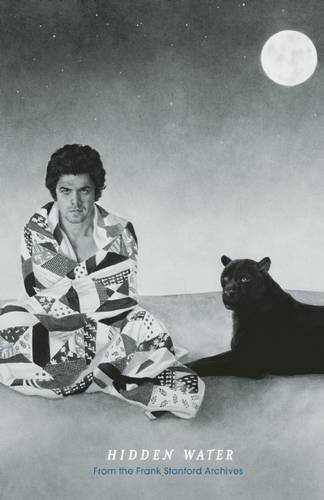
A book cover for Hidden Water: From the Frank Stanford Archives; Frank Stanford; Humor & Entertainment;